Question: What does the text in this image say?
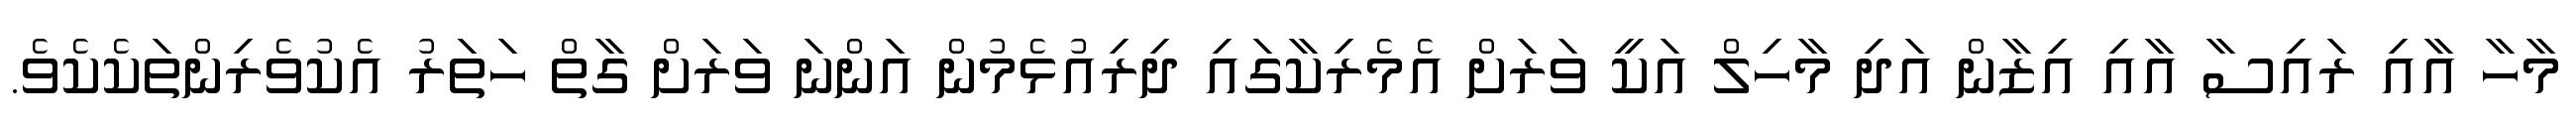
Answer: މާހާ އާއި ރައިސާ އާއި އިޒާން އަދި މާހިލް އަކީ ވަރަށް އެމެރިކާގައި ދިރިއުޅެމުން އަންނަ ވަރަށް ގާތް ހަތަރު އެކުވެރިންތަކެކެވެ.